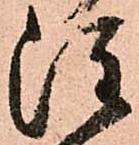
注